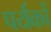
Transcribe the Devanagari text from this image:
पर्यकों